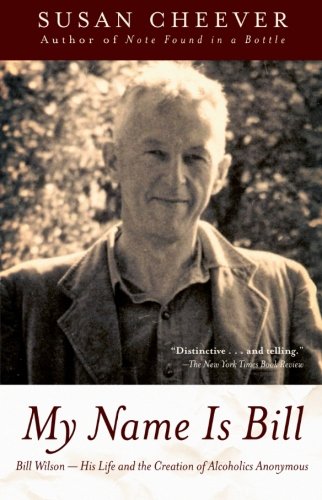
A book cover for My Name Is Bill: Bill Wilson--His Life and the Creation of Alcoholics Anonymous; Susan Cheever; Health, Fitness & Dieting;